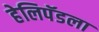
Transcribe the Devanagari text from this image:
हेलिपॅडला